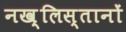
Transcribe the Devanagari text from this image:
नख़्लिस्तानों